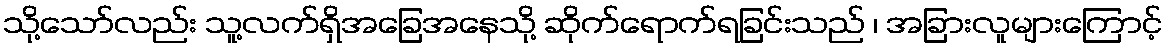
သို့သော်လည်း သူ့လက်ရှိအခြေအနေသို့ ဆိုက်ရောက်ရခြင်းသည် ၊ အခြားလူများကြောင့်